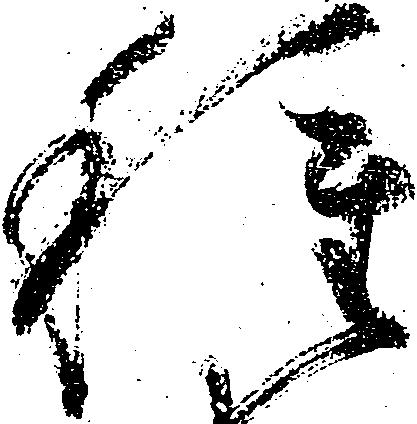
種